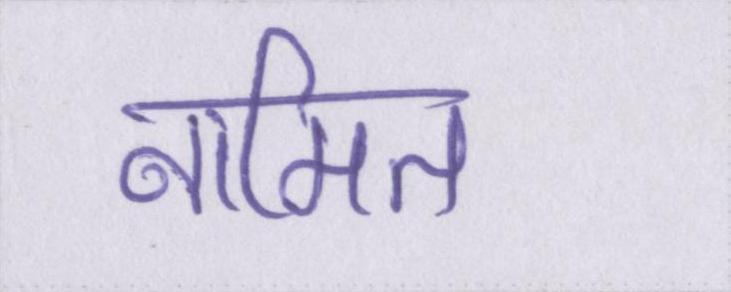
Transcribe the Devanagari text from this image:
नामित